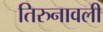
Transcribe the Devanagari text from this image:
तिरुनावली